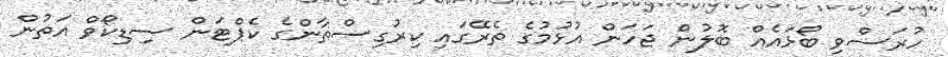
ހުރަސްވި ބޯޅައެއް ބޮލުން ޖަހަން އުޅުމުގެ ތެރޭގައި ކިރުގިސްތާންގެ ކެޕްޓަން ސިޑިކޯވް އަތުން